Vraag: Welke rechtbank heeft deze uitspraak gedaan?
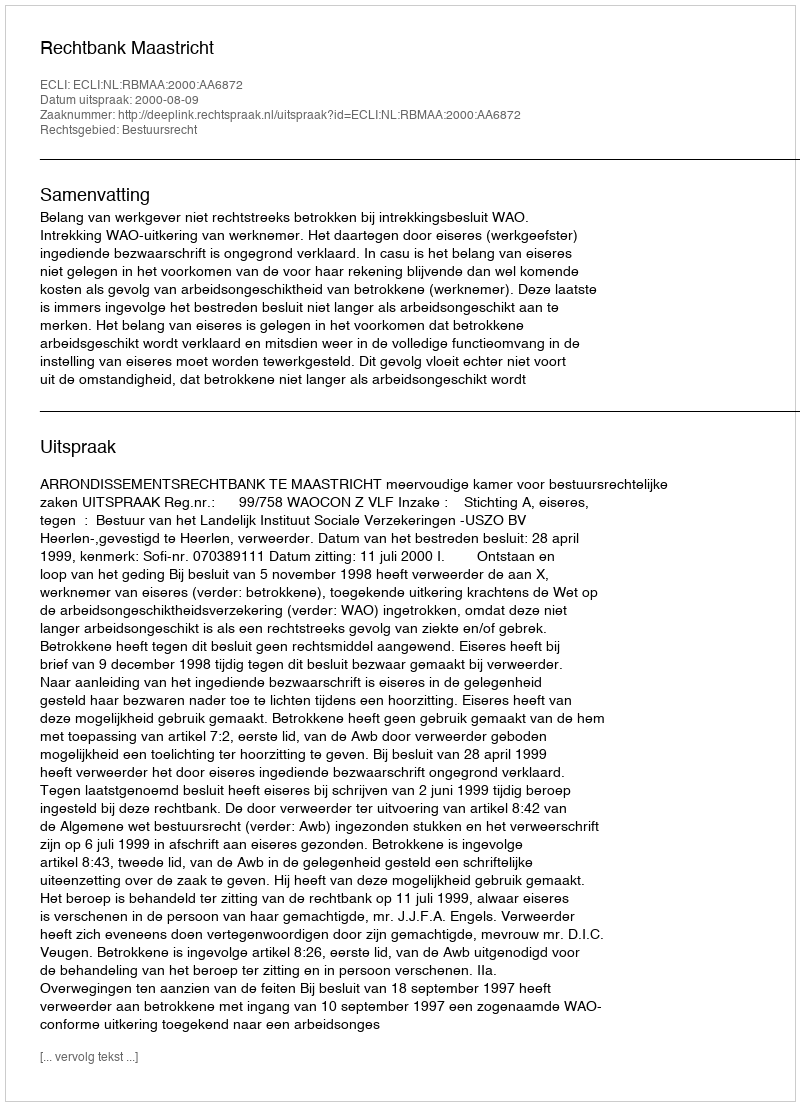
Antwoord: Rechtbank Maastricht